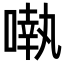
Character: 𠽃